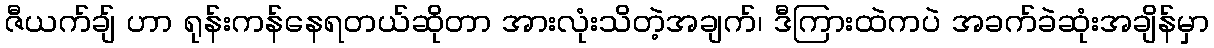
ဇီယက်ချ် ဟာ ရုန်းကန်နေရတယ်ဆိုတာ အားလုံးသိတဲ့အချက်၊ ဒီကြားထဲကပဲ အခက်ခဲဆုံးအချိန်မှာ